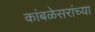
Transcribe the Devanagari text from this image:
कांबळेसरांच्या